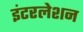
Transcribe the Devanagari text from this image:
इंटरलेशन